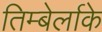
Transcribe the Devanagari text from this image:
तिम्बेर्लाके